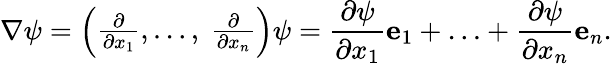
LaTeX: \nabla\psi={\left(\begin{array}{l}{{\frac{\partial}{\partial x_{1}}},\ldots,\ {\frac{\partial}{\partial x_{n}}}}\end{array}\right)}\psi={\frac{\partial\psi}{\partial x_{1}}}\mathbf{e}_{1}+\ldots+{\frac{\partial\psi}{\partial x_{n}}}\mathbf{e}_{n}.